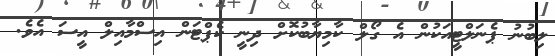
ލިބުނު ޕެނަލްޓީއަކުން އެ ގޯލް ކާމިޔާބުކޮށް ދިނީ ކެޕްޓަން އިސްމާއިލް އީސަ އެވެ.